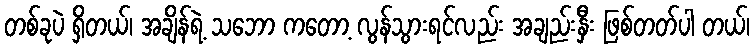
တစ်ခုပဲ ရှိတယ်၊ အချိန်ရဲ့ သဘော ကတော့ လွန်သွားရင်လည်း အချည်းနှီး ဖြစ်တတ်ပါ တယ်၊